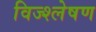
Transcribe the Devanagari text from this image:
विज्श्लेषण